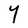
Character: Y